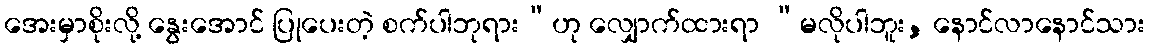
အေးမှာစိုးလို့ နွေးအောင် ပြုပေးတဲ့ စက်ပါဘုရား”ဟု လျှောက်ထားရာ “မလိုပါဘူး, နောင်လာနောင်သား